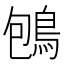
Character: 𪀀